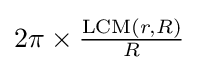
2\pi \times {\tfrac {\operatorname {LCM} (r,R)}{R}}